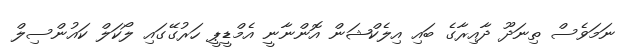
ނަމަވެސް ތިނަދޫ ދާއިރާގެ ބައި އިލެކްޝަން އޮންނާނީ އެމްޑީޕީ ހަރުގޭގައި ލޯކަލް ކައުންސިލް